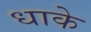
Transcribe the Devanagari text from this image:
धाके